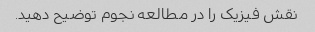
نقش فیزیک را در مطالعه نجوم توضیح دهید.